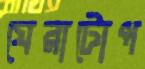
ঘেরাটোপ